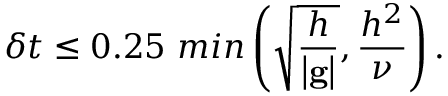
\delta t \leq 0 . 2 5 ~ m i n \left( \sqrt \frac { h } { \left| \mathbf { g } \right| } , \frac { h ^ { 2 } } { \nu } \right) .